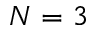
N = 3